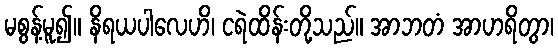
မစွန့်မူ၍။ နိရယပါလေဟိ၊ ငရဲထိန်းတို့သည်။ အာဘတံ အာဟရိတွာ၊